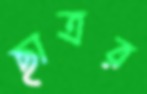
ছাত্রর